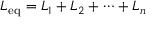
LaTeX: L _ { \mathrm { e q } } = L _ { 1 } + L _ { 2 } + \cdots + L _ { n } \,